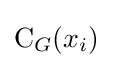
\operatorname {C} _{G}(x_{i})